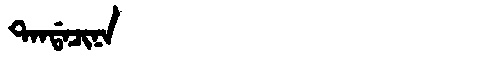
Manchu: ᡨᠠᠨᡩᠠᠴᡳᠨᠠ
Romanization: TANDACINA